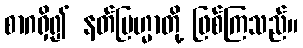
စာဂရှိ၍ နတ်ဗြဟ္မာတို့ ဖြစ်ကြသည်။